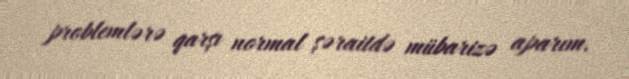
problemlərə qarşı normal şəraitdə mübarizə aparım.